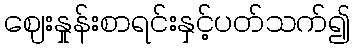
ဈေးနှုန်းစာရင်းနှင့်ပတ်သက်၍